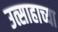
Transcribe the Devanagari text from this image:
उत्साहाच्या